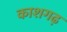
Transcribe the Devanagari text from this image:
काशगढ़